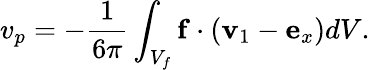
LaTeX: v_{p}=-\frac{1}{6\pi}\int_{V_{f}}\mathbf{f}\cdot\left(\mathbf{v}_{1}-\mathbf{e}_{x}\right)dV.